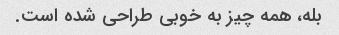
بله، همه چیز به خوبی طراحی شده است.